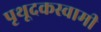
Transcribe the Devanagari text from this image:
पृथूदकस्वामी